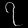
Digit: ၇